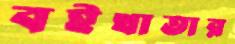
বইখাতার